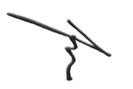
Signature authenticity: genuine